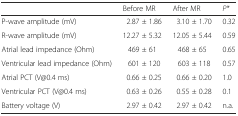
|  | Before MR | After MR | P* |
 | --- | --- | --- | --- |
 | P-wave amplitude (mV) | 2.87 ± 1.86 | 3.10 ± 1.70 | 0.32 |
 | R-wave amplitude (mV) | 12.27 ± 5.32 | 12.05 ± 5.44 | 0.59 |
 | Atrial lead impedance (Ohm) | 469 ± 61 | 468 ± 65 | 0.65 |
 | Ventricular lead impedance (Ohm) | 601 ± 120 | 603 ± 118 | 0.57 |
 | Atrial PCT (V@0.4 ms) | 0.66 ± 0.25 | 0.66 ± 0.20 | 1.0 |
 | Ventricular PCT (V@0.4 ms) | 0.63 ± 0.26 | 0.55 ± 0.28 | 0.1 |
 | Battery voltage (V) | 2.97 ± 0.42 | 2.97 ± 0.42 | n.a. |